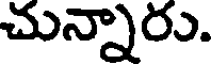
చున్నారు.